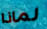
لماذا